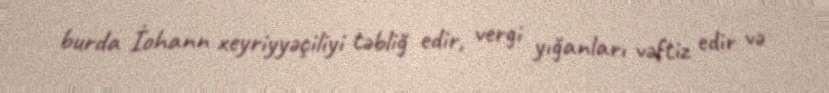
burda İohann xeyriyyəçiliyi təbliğ edir, vergi yığanları vəftiz edir və